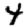
Digit: 4